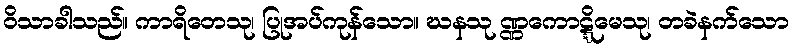
ဝိသာခါသည်။ ကာရိတေသု၊ ပြုအပ်ကုန်သော။ ဃနသု ဏ္ဏကောဋ္ဋိမေသု၊ တခဲနက်သော